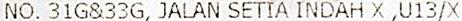
NO. 31G&33G, JALAN SETIA INDAH X ,U13/X